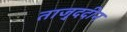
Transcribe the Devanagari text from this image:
ताजु्ददीन